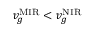
v _ { g } ^ { \mathrm { M I R } } < v _ { g } ^ { \mathrm { N I R } }